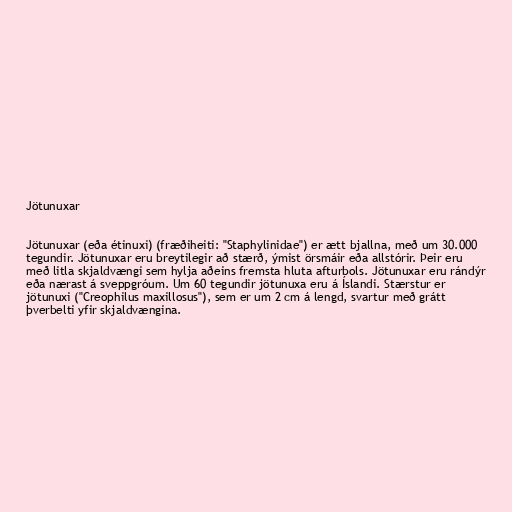
Jötunuxar

Jötunuxar (eða étinuxi) (fræðiheiti: "Staphylinidae") er ætt bjallna, með um 30.000
tegundir. Jötunuxar eru breytilegir að stærð, ýmist örsmáir eða allstórir. Þeir eru
með litla skjaldvængi sem hylja aðeins fremsta hluta afturbols. Jötunuxar eru rándýr
eða nærast á sveppgróum. Um 60 tegundir jötunuxa eru á Íslandi. Stærstur er
jötunuxi ("Creophilus maxillosus"), sem er um 2 cm á lengd, svartur með grátt
þverbelti yfir skjaldvængina.